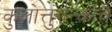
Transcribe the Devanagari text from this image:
कुलोत्तुंगन्कोवै